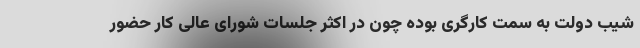
شیب دولت به سمت کارگری بوده چون در اکثر جلسات شورای عالی کار حضور